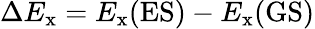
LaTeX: \Delta E_{\mathrm{x}}=E_{\mathrm{x}}(\textrm{ES})-E_{\mathrm{x}}(\textrm{GS})